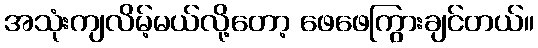
အသုံးကျလိမ့်မယ်လို့တော့ ဖေဖေကြွားချင်တယ်။